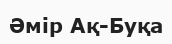
Әмір Ақ-Буқа